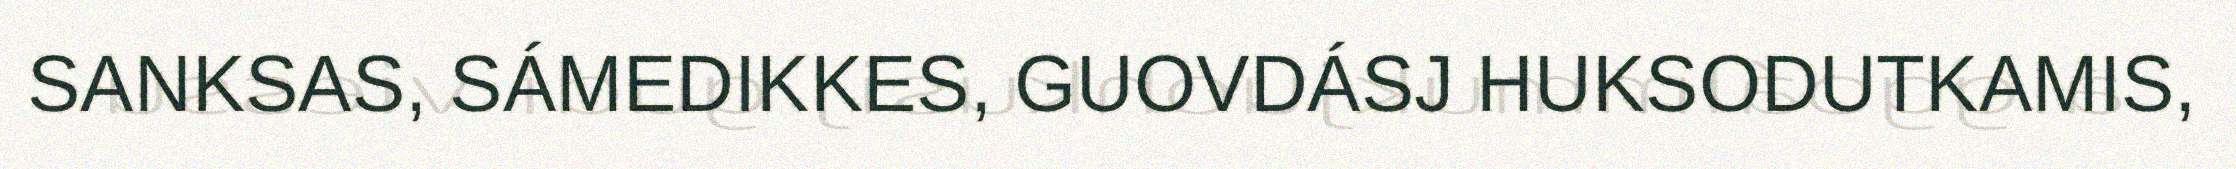
SANKSAS, SÁMEDIKKES, GUOVDÁSJ HUKSODUTKAMIS,